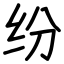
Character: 纷